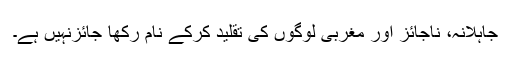
جاہلانہ، ناجائز اور مغربی لوگوں کی تقلید کرکے نام رکھا جائزنہیں ہے۔